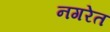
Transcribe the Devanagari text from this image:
नगरेत